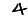
Digit: 4